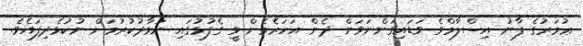
ޢުމަރުގެ ފާނު އިސްލާމްވެ ވަޑައިގަންނަވަން ދެން އަހަރެމެން ވީ ގެފުޅުގައި ނަމާދުކުރުމަށް ނުކުޅެދިފައެވެ.